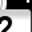
Digit: 2